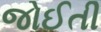
જોઈતી